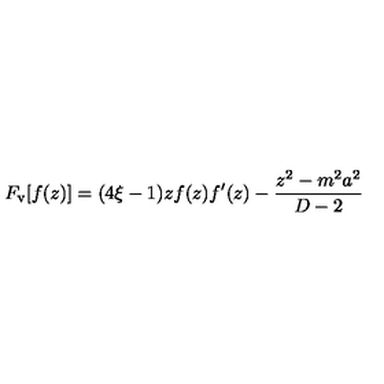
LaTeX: F _ { \mathrm { v } } [ f ( z ) ] = ( 4 \xi - 1 ) z f ( z ) f ^ { \prime } ( z ) - \frac { z ^ { 2 } - m ^ { 2 } a ^ { 2 } } { D - 2 }